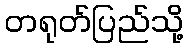
တရုတ်ပြည်သို့